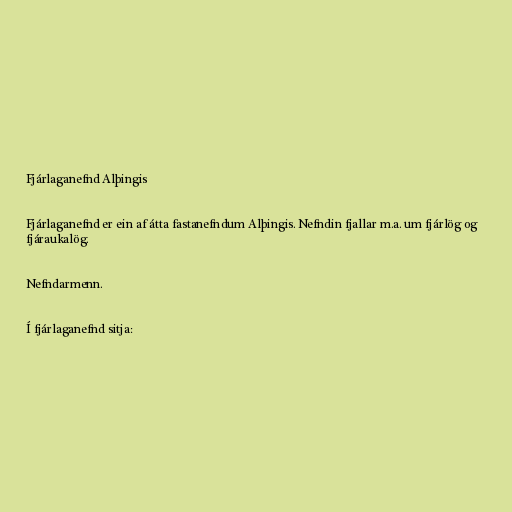
Fjárlaganefnd Alþingis

Fjárlaganefnd er ein af átta fastanefndum Alþingis. Nefndin fjallar m.a. um fjárlög og
fjáraukalög.

Nefndarmenn.

Í fjárlaganefnd sitja: